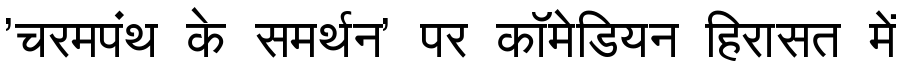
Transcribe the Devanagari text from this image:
'चरमपंथ के समर्थन' पर कॉमेडियन हिरासत में